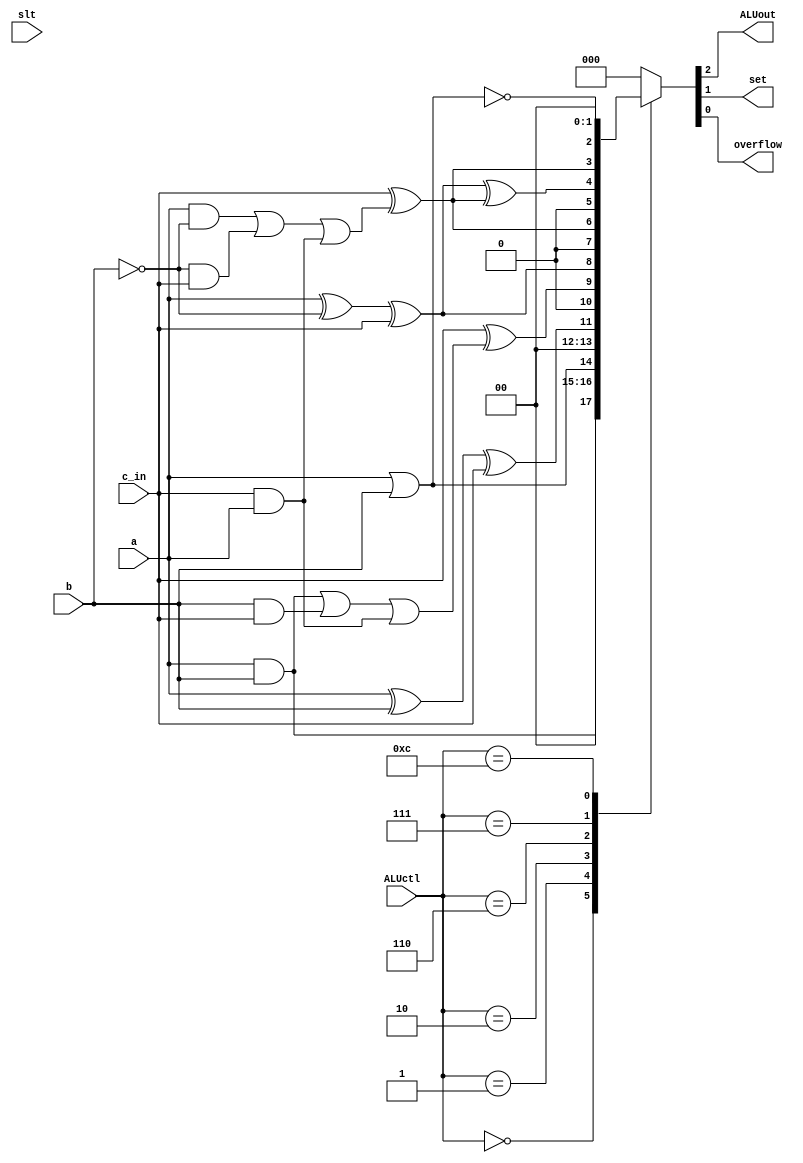
`timescale 1ns / 1ps
//////////////////////////////////////////////////////////////////////////////////
// Company:
// Engineer:
//
// Design Name:
// Module Name: ALUMSB
// Project Name:
// Target Devices:
// Tool Versions:
// Description:
//
// Dependencies:
//
// Revision:
// Revision 0.01 - File Created
// Additional Comments:
//
//////////////////////////////////////////////////////////////////////////////////


module ALUMSB(
  ALUctl,a,b,c_in,slt,ALUout,set,overflow
  );
  input [0:3] ALUctl;
  input a,b,c_in,slt;
  output ALUout,set,overflow;

  wire c_out;

    function [2:0]out;
        input a,b,c_in,slt;
        input [3:0]ALUctl;
        begin
            case(ALUctl[3:0])
                0:out={a&b,1'b0,1'b0};
                1:out={a|b,1'b0,1'b0};
                2:out={a^b^c_in,
                      1'b0,
                      c_in^((a&b)|(b&c_in)|(c_in&a))};
                6:out={a^(~b)^c_in,
                      1'b0,
                      c_in^((a&(~b))|((~b)&c_in)|(c_in&a))};
                7:out={1'b0,
                      (a^(~b)^c_in)^(c_in^((a&(~b))|((~b)&c_in)|(c_in&a))),
                      c_in^((a&(~b))|((~b)&c_in)|(c_in&a))};
                12:out={~(a|b),1'b0,1'b0};
                default:out={1'b0,1'b0,1'b0};
            endcase
        end
    endfunction
    assign {ALUout,set,overflow}=out(a,b,c_in,slt,ALUctl);

endmodule